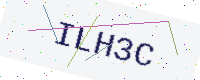
Text: ILH3C